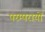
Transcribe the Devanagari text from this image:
परम्परायों